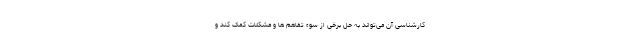
کارشناسی آن می‌تواند به حل برخی از سوء تفاهم ها و مشکلات کمک کند و